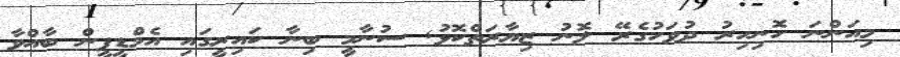
މިއަންނަ ހޮނިހިރު ދުވަހުގެރޭ ލޮނު ޒިޔާރަތްކޮޅު